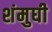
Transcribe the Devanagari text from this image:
शंमुघी